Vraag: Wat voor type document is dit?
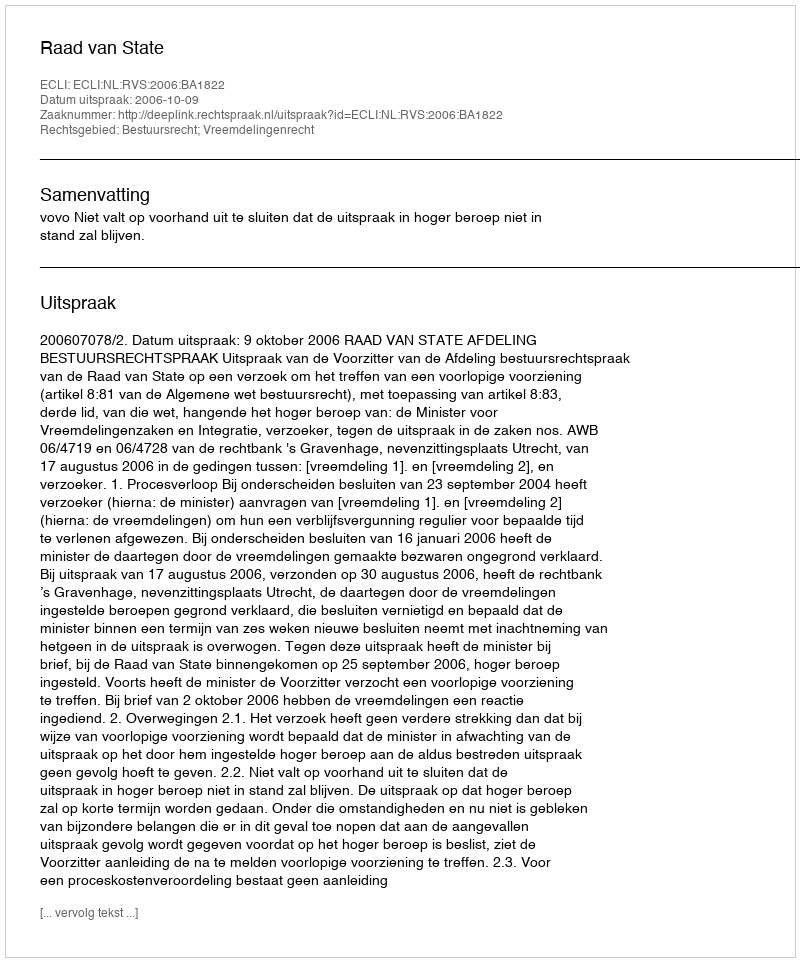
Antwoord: Uitspraak